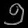
Digit: ၅